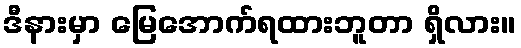
ဒီနားမှာ မြေအောက်ရထားဘူတာ ရှိလား။